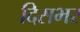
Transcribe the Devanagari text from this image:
दिसभर